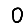
Digit: 0